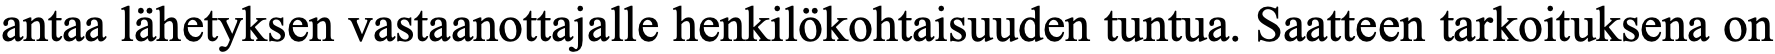
antaa lähetyksen vastaanottajalle henkilökohtaisuuden tuntua. Saatteen tarkoituksena on